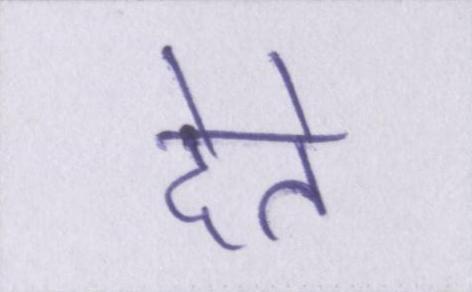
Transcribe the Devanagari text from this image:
देते